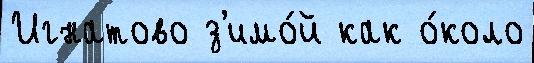
Игнатово з'имо́й как о́коло